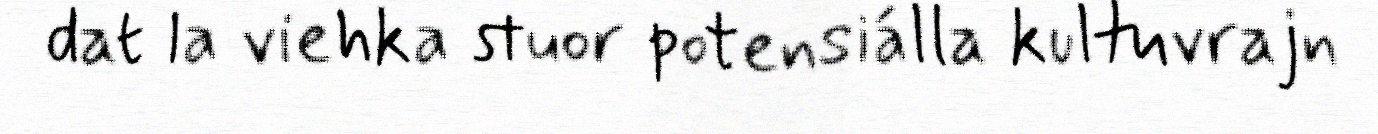
dat la viehka stuor potensiálla kultuvrajn